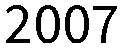
2007